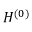
H ^ { ( 0 ) }